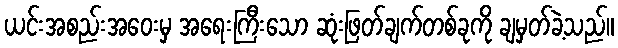
ယင်းအစည်းအဝေးမှ အရေးကြီးသော ဆုံးဖြတ်ချက်တစ်ခုကို ချမှတ်ခဲ့သည်။